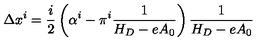
\Delta x ^ { i } = \frac i 2 \left( \alpha ^ { i } - \pi ^ { i } \frac 1 { H _ { D } - e A _ { 0 } } \right) \frac 1 { H _ { D } - e A _ { 0 } }